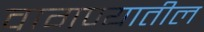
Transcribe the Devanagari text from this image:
वागण्यातील